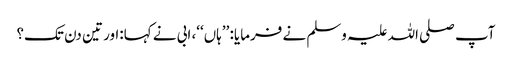
آپ صلی اللہ علیہ وسلم نے فرمایا: ’’ہاں‘‘، ابی نے کہا:اور تین دن تک؟